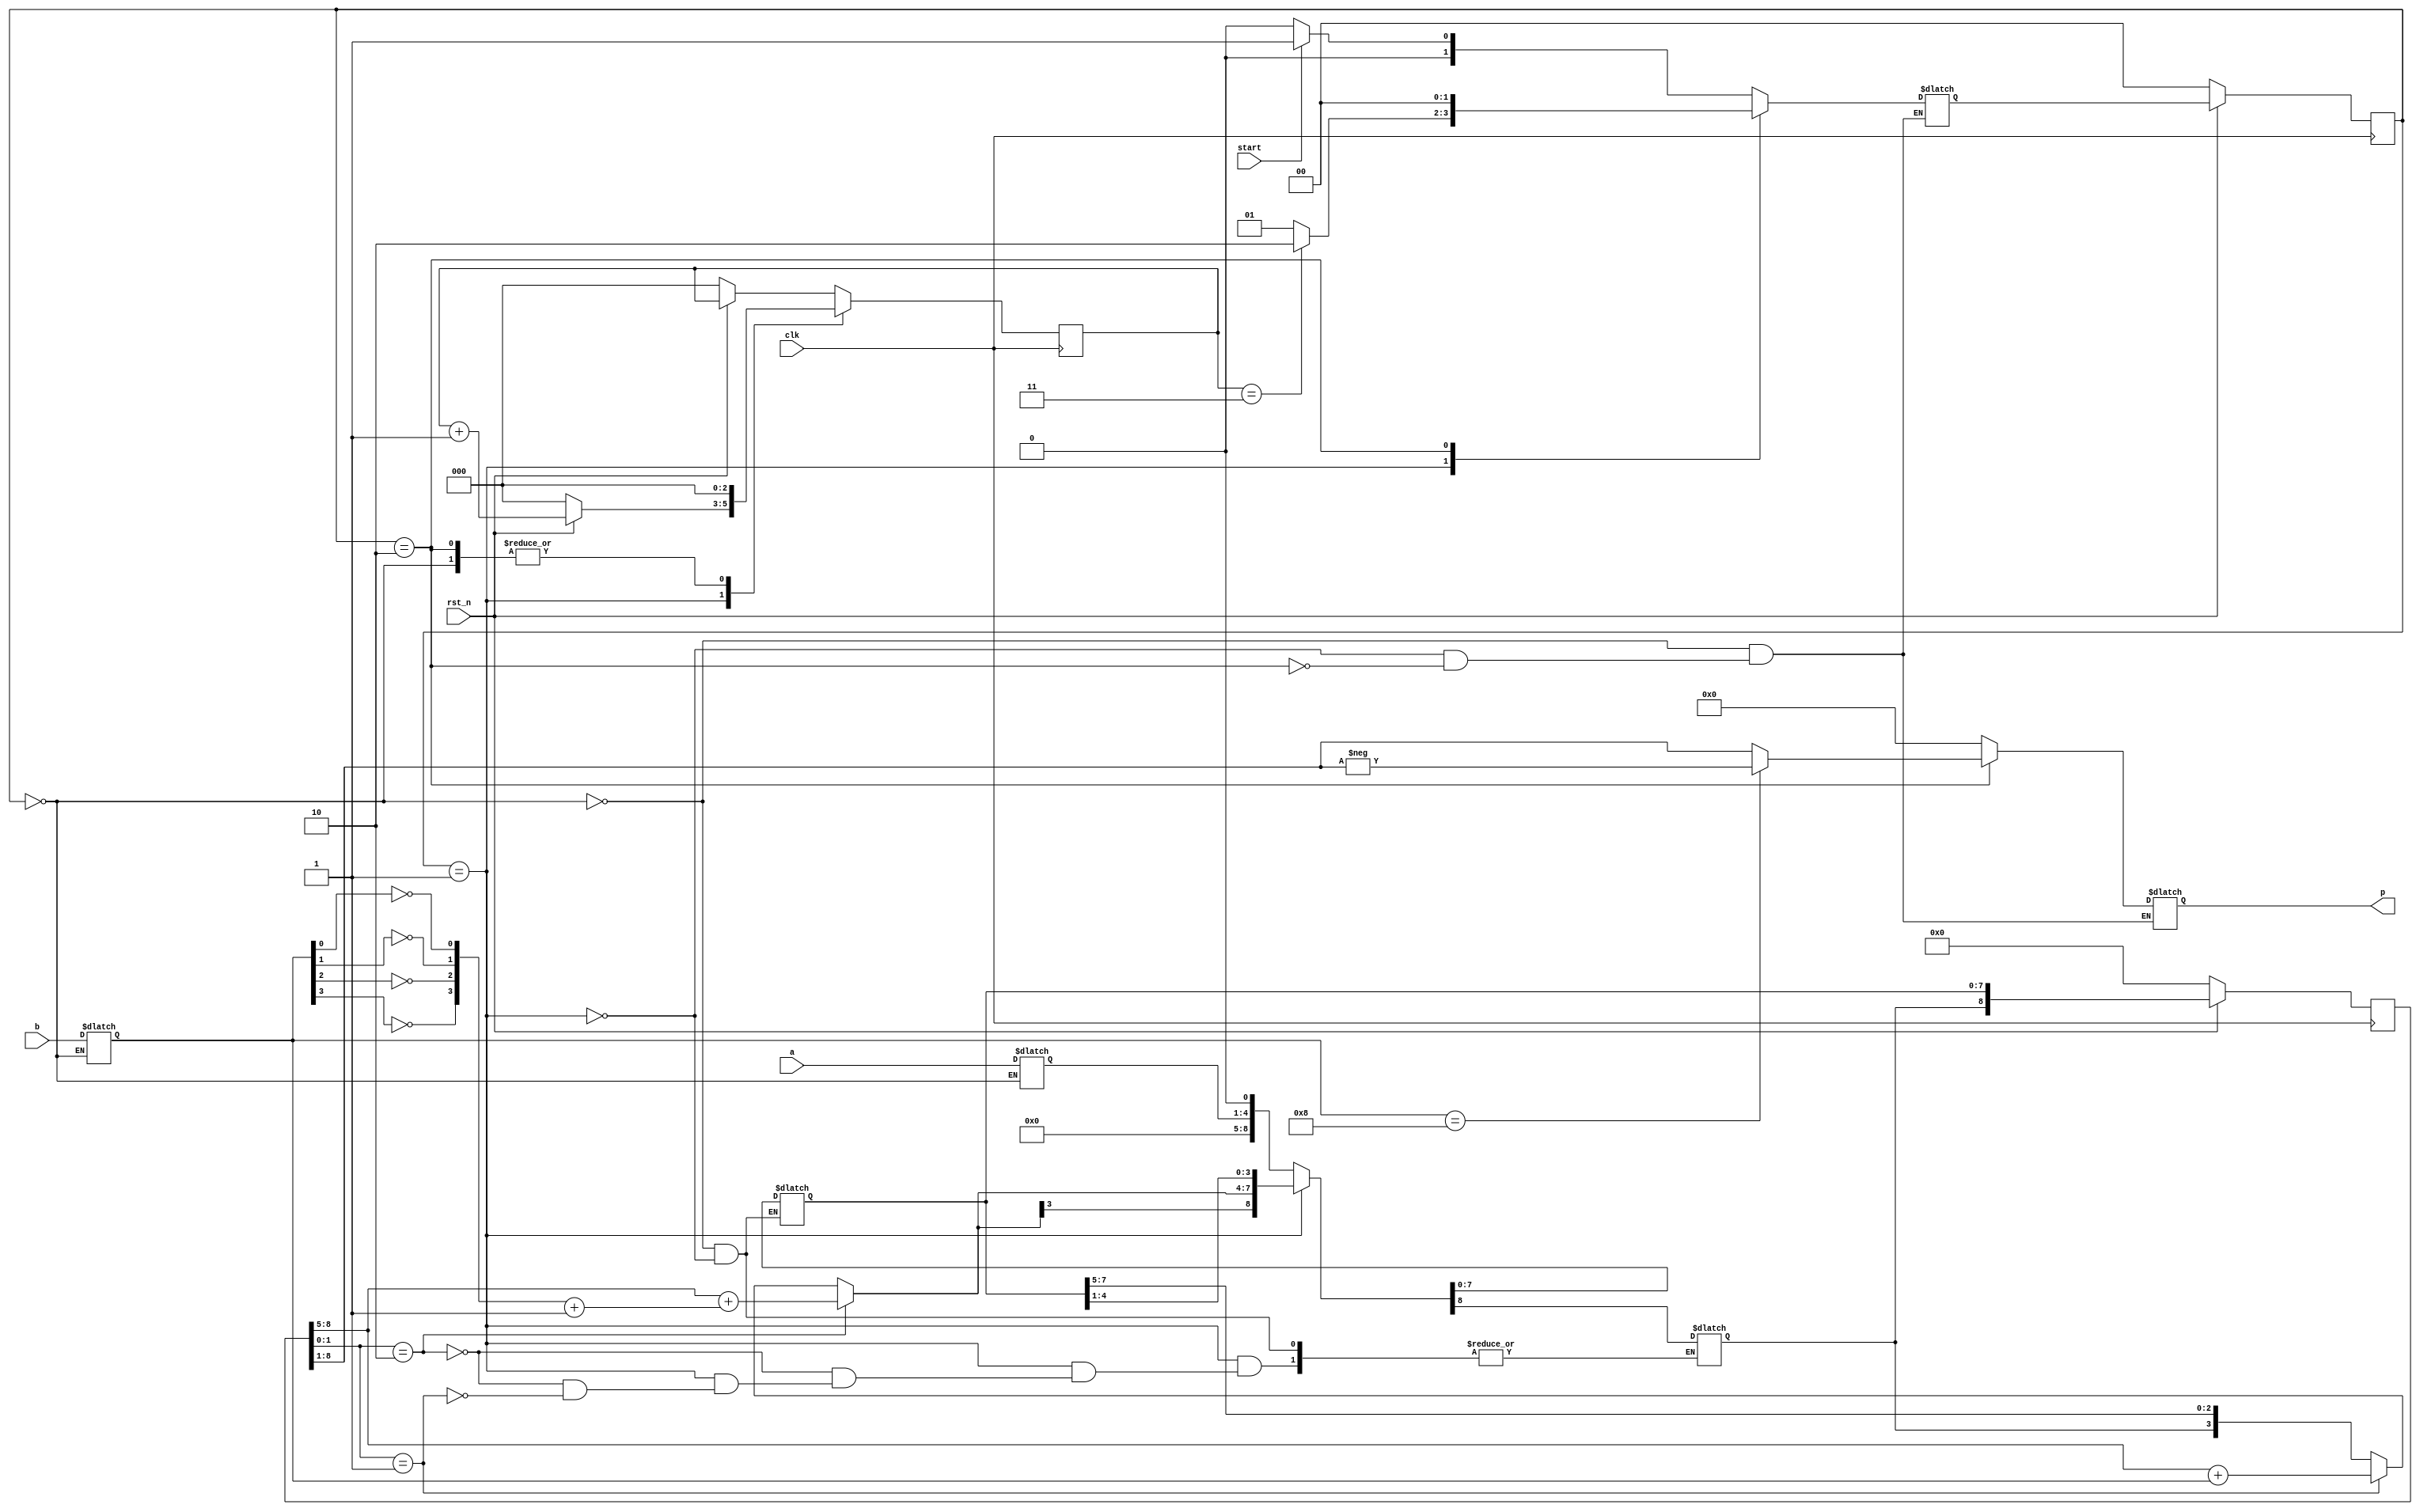
`timescale 1ns/1ps 
//https://www.youtube.com/watch?v=1ubyXuXxIWU
module Booth_Multiplier_4bit(clk, rst_n, start, a, b, p);
input clk;
input rst_n; 
input start;
input signed [3:0] a, b;
output signed [7:0] p;
reg signed [7:0] p;


parameter [1:0] WAIT = 2'd0, CAL = 2'd1, FINISH = 2'd2;
reg [1:0] state, next_state;
reg [2:0]count, next_count;

reg signed [3:0] x, y;
reg signed [8:0] z, next_z;
reg[3:0] temp;
reg[3:0] minus_y;

always@(posedge clk)begin//state
    if(!rst_n) state <= WAIT;
    else state <= next_state;       
end

always@(*)begin//next_state
    case(state)
        WAIT:begin
            if(start) next_state = CAL;
            else next_state = WAIT;
        end
        CAL:begin
            if(count==3'd3)next_state = FINISH;
            else next_state = CAL;
        end
        FINISH:begin
            next_state <= WAIT;
        end
    endcase
end
always@(*)begin//output
    case(state)
        WAIT:begin
            p = 1'b0;
            x = a;
            y = b;
        end
        CAL:begin
            x = x;
            y = y;
            p = 1'b0;
        end
        FINISH:begin
            x = x;
            y = y;
            if(y==4'd8) p = -z[8:1];
            else p = z[8:1];
        end
    endcase
end

always@(posedge clk)begin//count
    if(!rst_n) count <= 1'b0;
    case(state)
        WAIT: count <= 1'b0;
        CAL: count <= next_count;
        FINISH: count <= 1'b0;
    endcase
end
always@(*)begin//next_count
    if(!rst_n) next_count = 1'b0;
    else next_count = count + 1'b1;
end
always@(*)begin
    minus_y[0] = !y[0];
    minus_y[1] = !y[1];
    minus_y[2] = !y[2];
    minus_y[3] = !y[3];
    minus_y = minus_y + 1'b1;
end
always@(posedge clk)begin//z
    if(!rst_n) z <= 9'd0;
    else z <= next_z;
end

always@(*)begin//next_z
    case(state)
        WAIT:begin
            next_z = {4'd0, x, 1'd0};
        end
        CAL:begin
            if(z[1:0]==2'b10)begin//sub
                next_z[8:5] = z[8:5] + minus_y;
            end
            else if(z[1:0]==2'b01)begin//add
                next_z[8:5] = z[8:5] + y;
            end
            else begin//shift
            end
            next_z = {next_z[8], next_z[8:1]};
        end
        FINISH:begin
            next_z = next_z;
        end
    endcase
    
end

endmodule